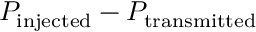
P _ { \mathrm { i n j e c t e d } } - P _ { \mathrm { t r a n s m i t t e d } }